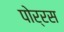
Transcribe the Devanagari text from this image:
पोर्रस